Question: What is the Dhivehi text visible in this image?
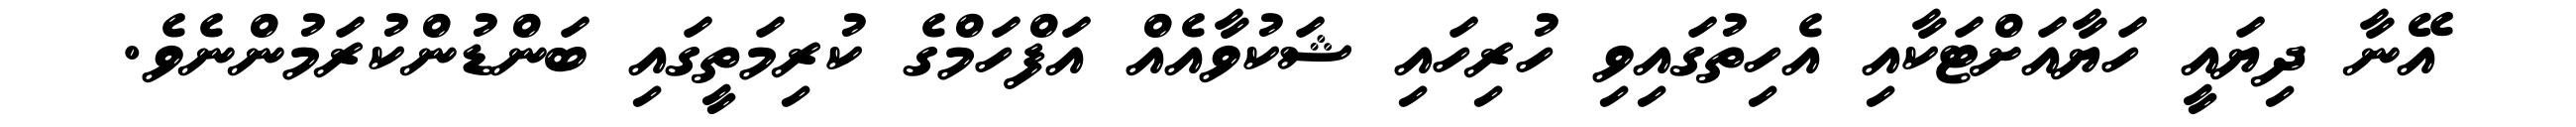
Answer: އޭނާ ދިޔައީ ހަޔާއަށްޓަކާއި އެހިތުގައިވި ހުރިހައި ޝަކުވާއެއް އަފްހަމްގެ ކުރިމަތީގައި ބަންޑުންކުރަމުންނެވެ.